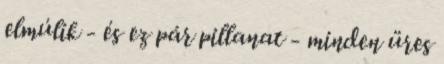
elmúlik - és ez pár pillanat - minden üres